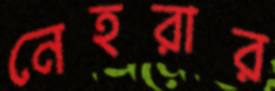
নেহরার